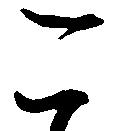
こ